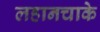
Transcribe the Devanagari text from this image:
लहानचाके